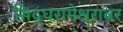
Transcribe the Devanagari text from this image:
सिद्धरामेश्वरावर